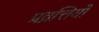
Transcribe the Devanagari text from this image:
प्रव्रत्तियों